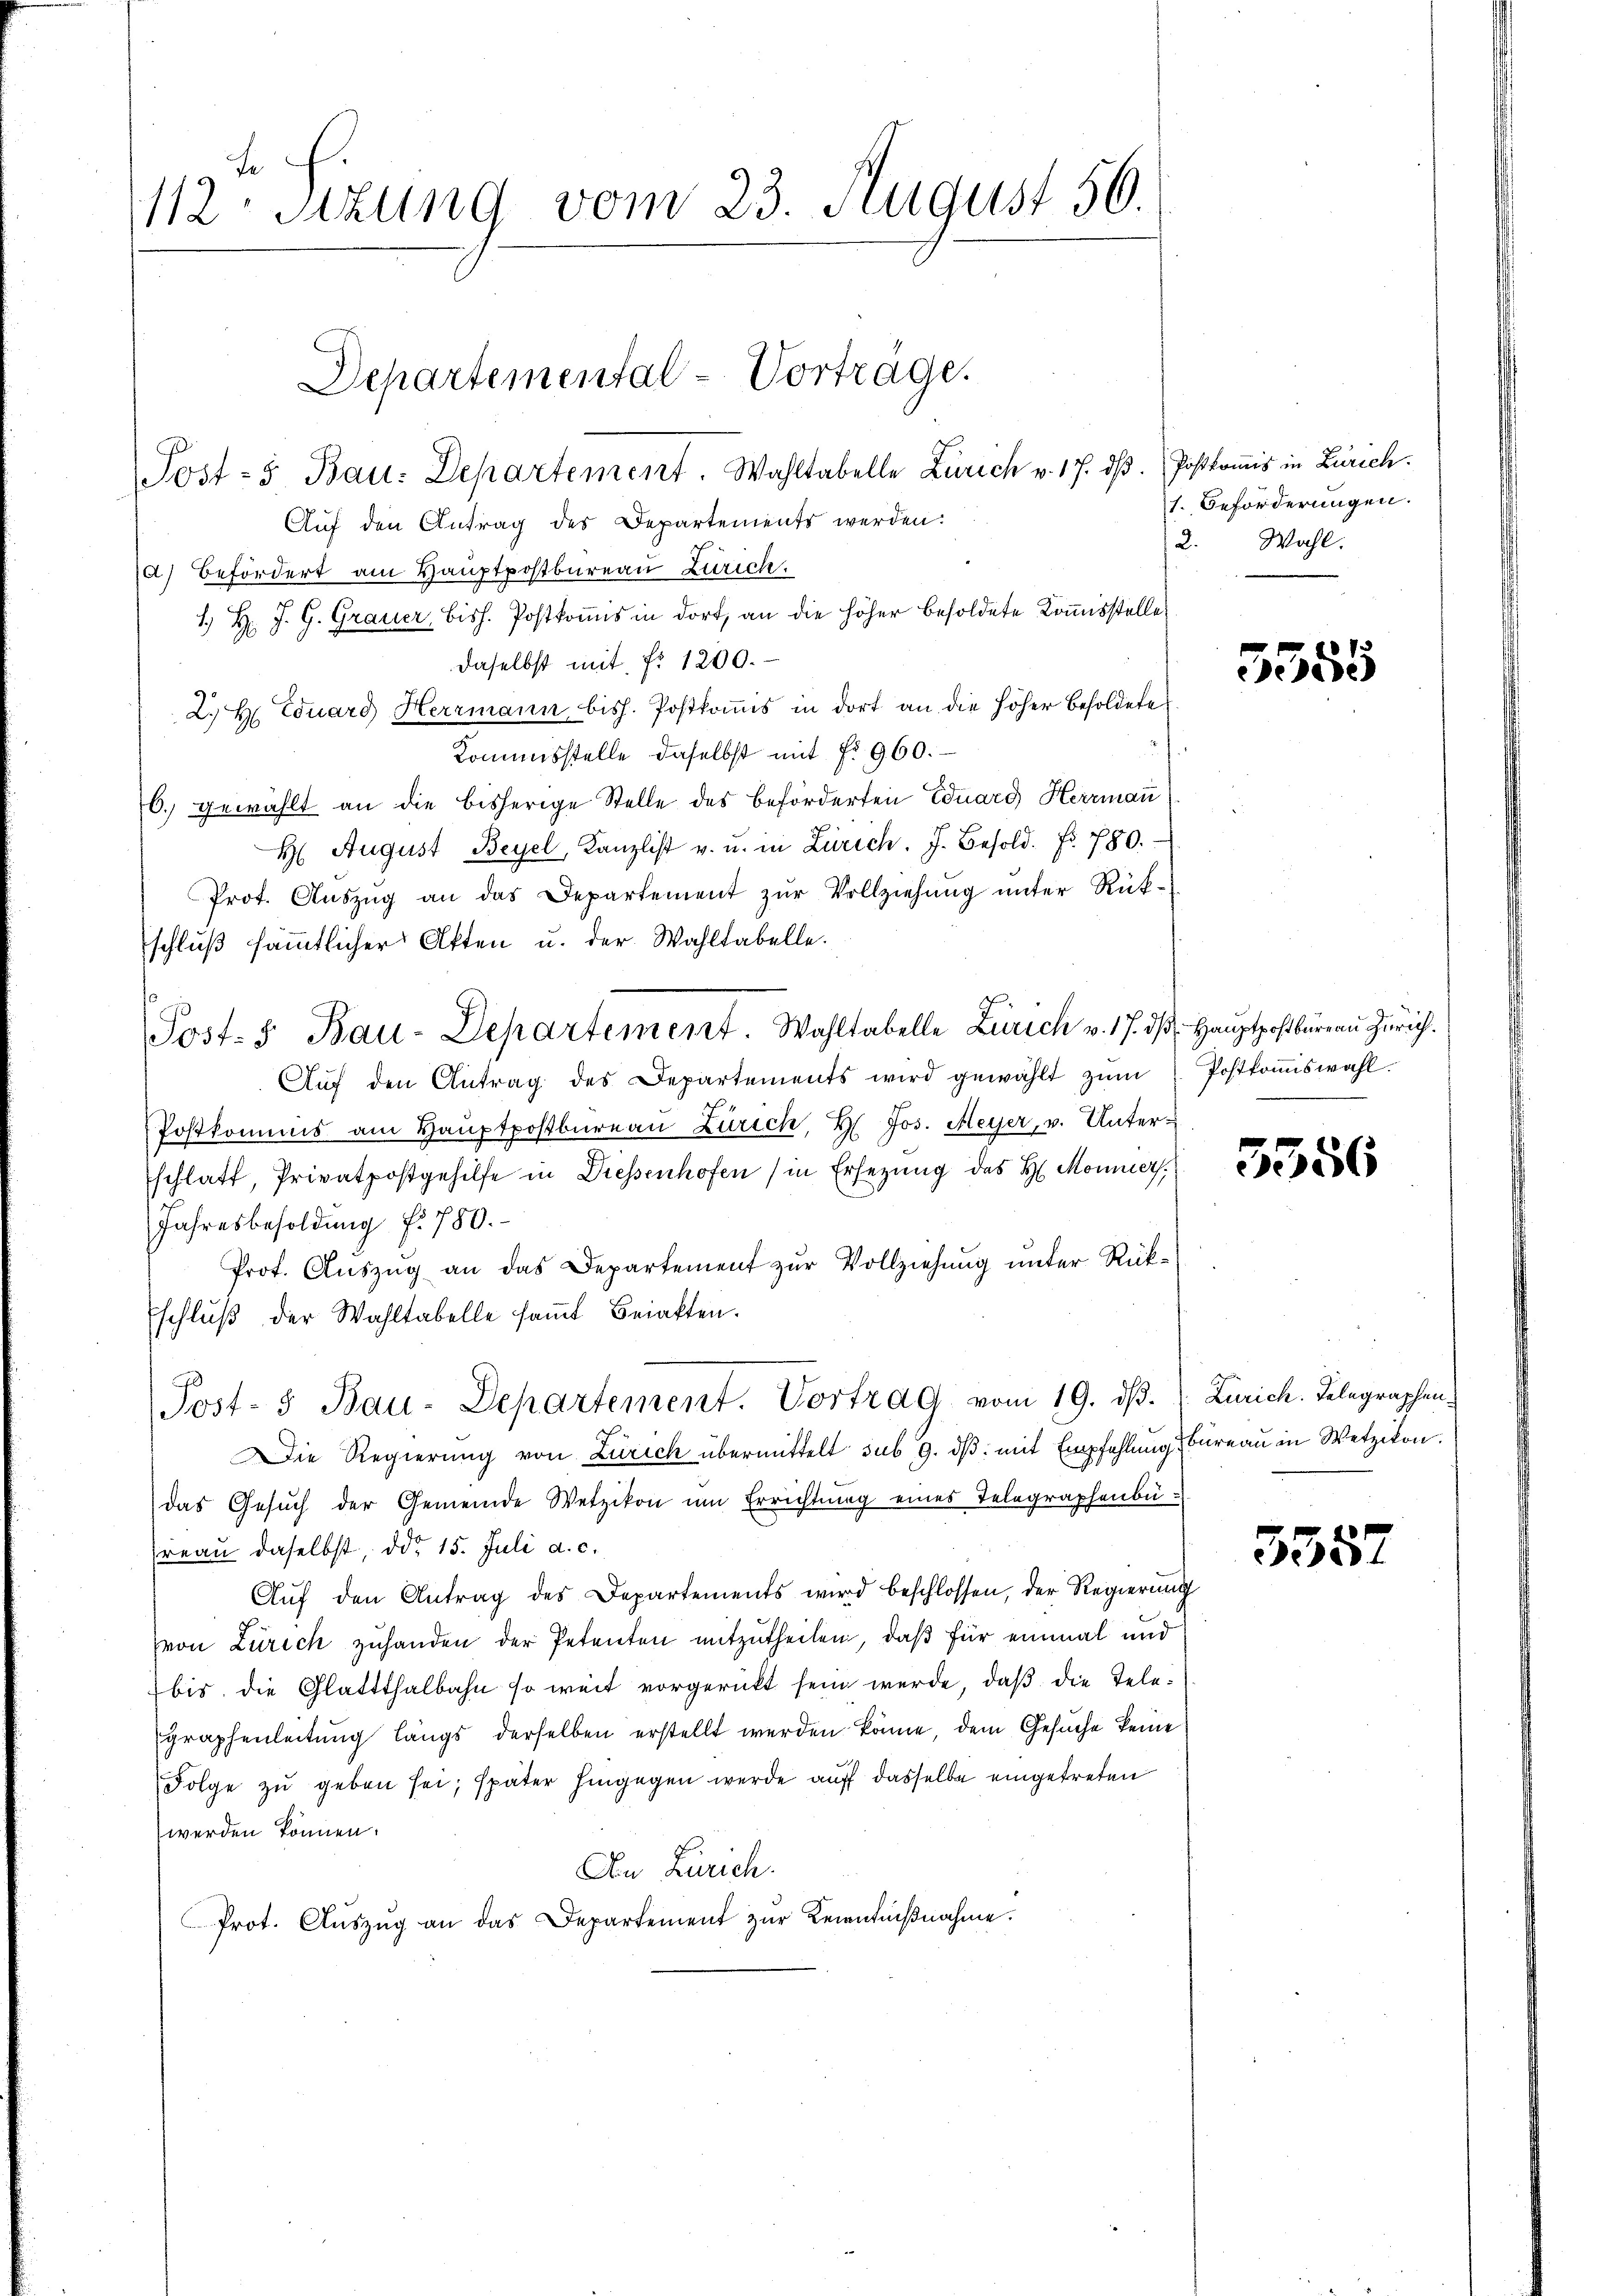
112. Sitzung vom 23. August 56.

Post-5 Bau: Departement. Wahltabelle Zürich v. 17. dβ. Postkomis in Zürich.
Auf den Antrag des Departements werden:
a) Befördert am Haŭptpostbureau Zürich.
1. H. J. G. Grauer, bish. Postkommis in dort, an die höher besoldete Kommisstelle
daselbst mit f. 1200.
2. H. Eduard Herrmann bish. Postkommis in dort an die höher besoldete
Kommisstelle daselbst mit f. 960.
6. gewählt an die bisherige Stelle des beförderten Eduard Herrman
H. August Beyel, Kanzlist v. u. in Zürich. J. Besold. Fr. 780.
Prot. Aŭszŭg an das Departement zŭr Vollziehŭng ŭnter Rükschlŭβ sämmtlicher Akten u. der Wahltabelle.
Post. S. Bau-Departement. Wahltabelle Zürich v. 17. ds Hauptpostbürgen Zürich.
Aŭf den Antrag des Departements wird gewählt zŭm
Postkommis am Haŭptpostbüreau Zürich, H. Jos. Meyer, v. Unterschlatt, Privatpostgehilfe in Diessenhofen (in Ersezung des H. Moniers.
Jahresbesoldung f. 780.
Prot. Aŭszŭg an das Departement zŭr Vollziehung unter Rückschluß der Wahltabelle samt Beiaften.
Post- & Bau-Departement. Vortrag vom 19. dβ.
Die Regierŭng von Zürich übermittelt sub 9. dβ. mit Empfehlung Büreau in Wetzikon.
das Gesŭch der Gemeinde Wetzikon um Errichtŭng eines Telegraphenbü-
reau daselbst, ddo 15. Juli a. c.
Aŭf den Antrag des Departements wird beschlossen, der Regierung
von Zürich zuhanden der Petenten mitzutheilen, daß für einmal und
bis die Glattthalbahn so weit vorgerückt sein werde, daß die Telegraphenleitung längs derselben erstellt werden könne, dem Gesuche keine
Folge zu geben sei; später hingegen werde auf dasselbe eingetreten
werden können.
An Zürich.
Prot. Aŭszŭg an das Departement zŭr Kenntniβnahme.

Departemental-Vorträge.

1. Beförderungen.
2. Wahl.

5555

Postkommiswahl.

5556

Zürich. Telegraphen.

555.